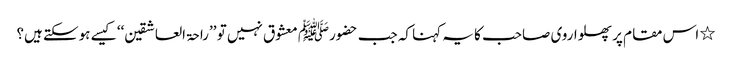
٭ اس مقام پر پھلواروی صاحب کا یہ کہنا کہ جب حضورﷺ معشوق نہیں تو ’’راحۃ العاشقین‘‘ کیسے ہوسکتے ہیں؟